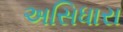
અસિધારા